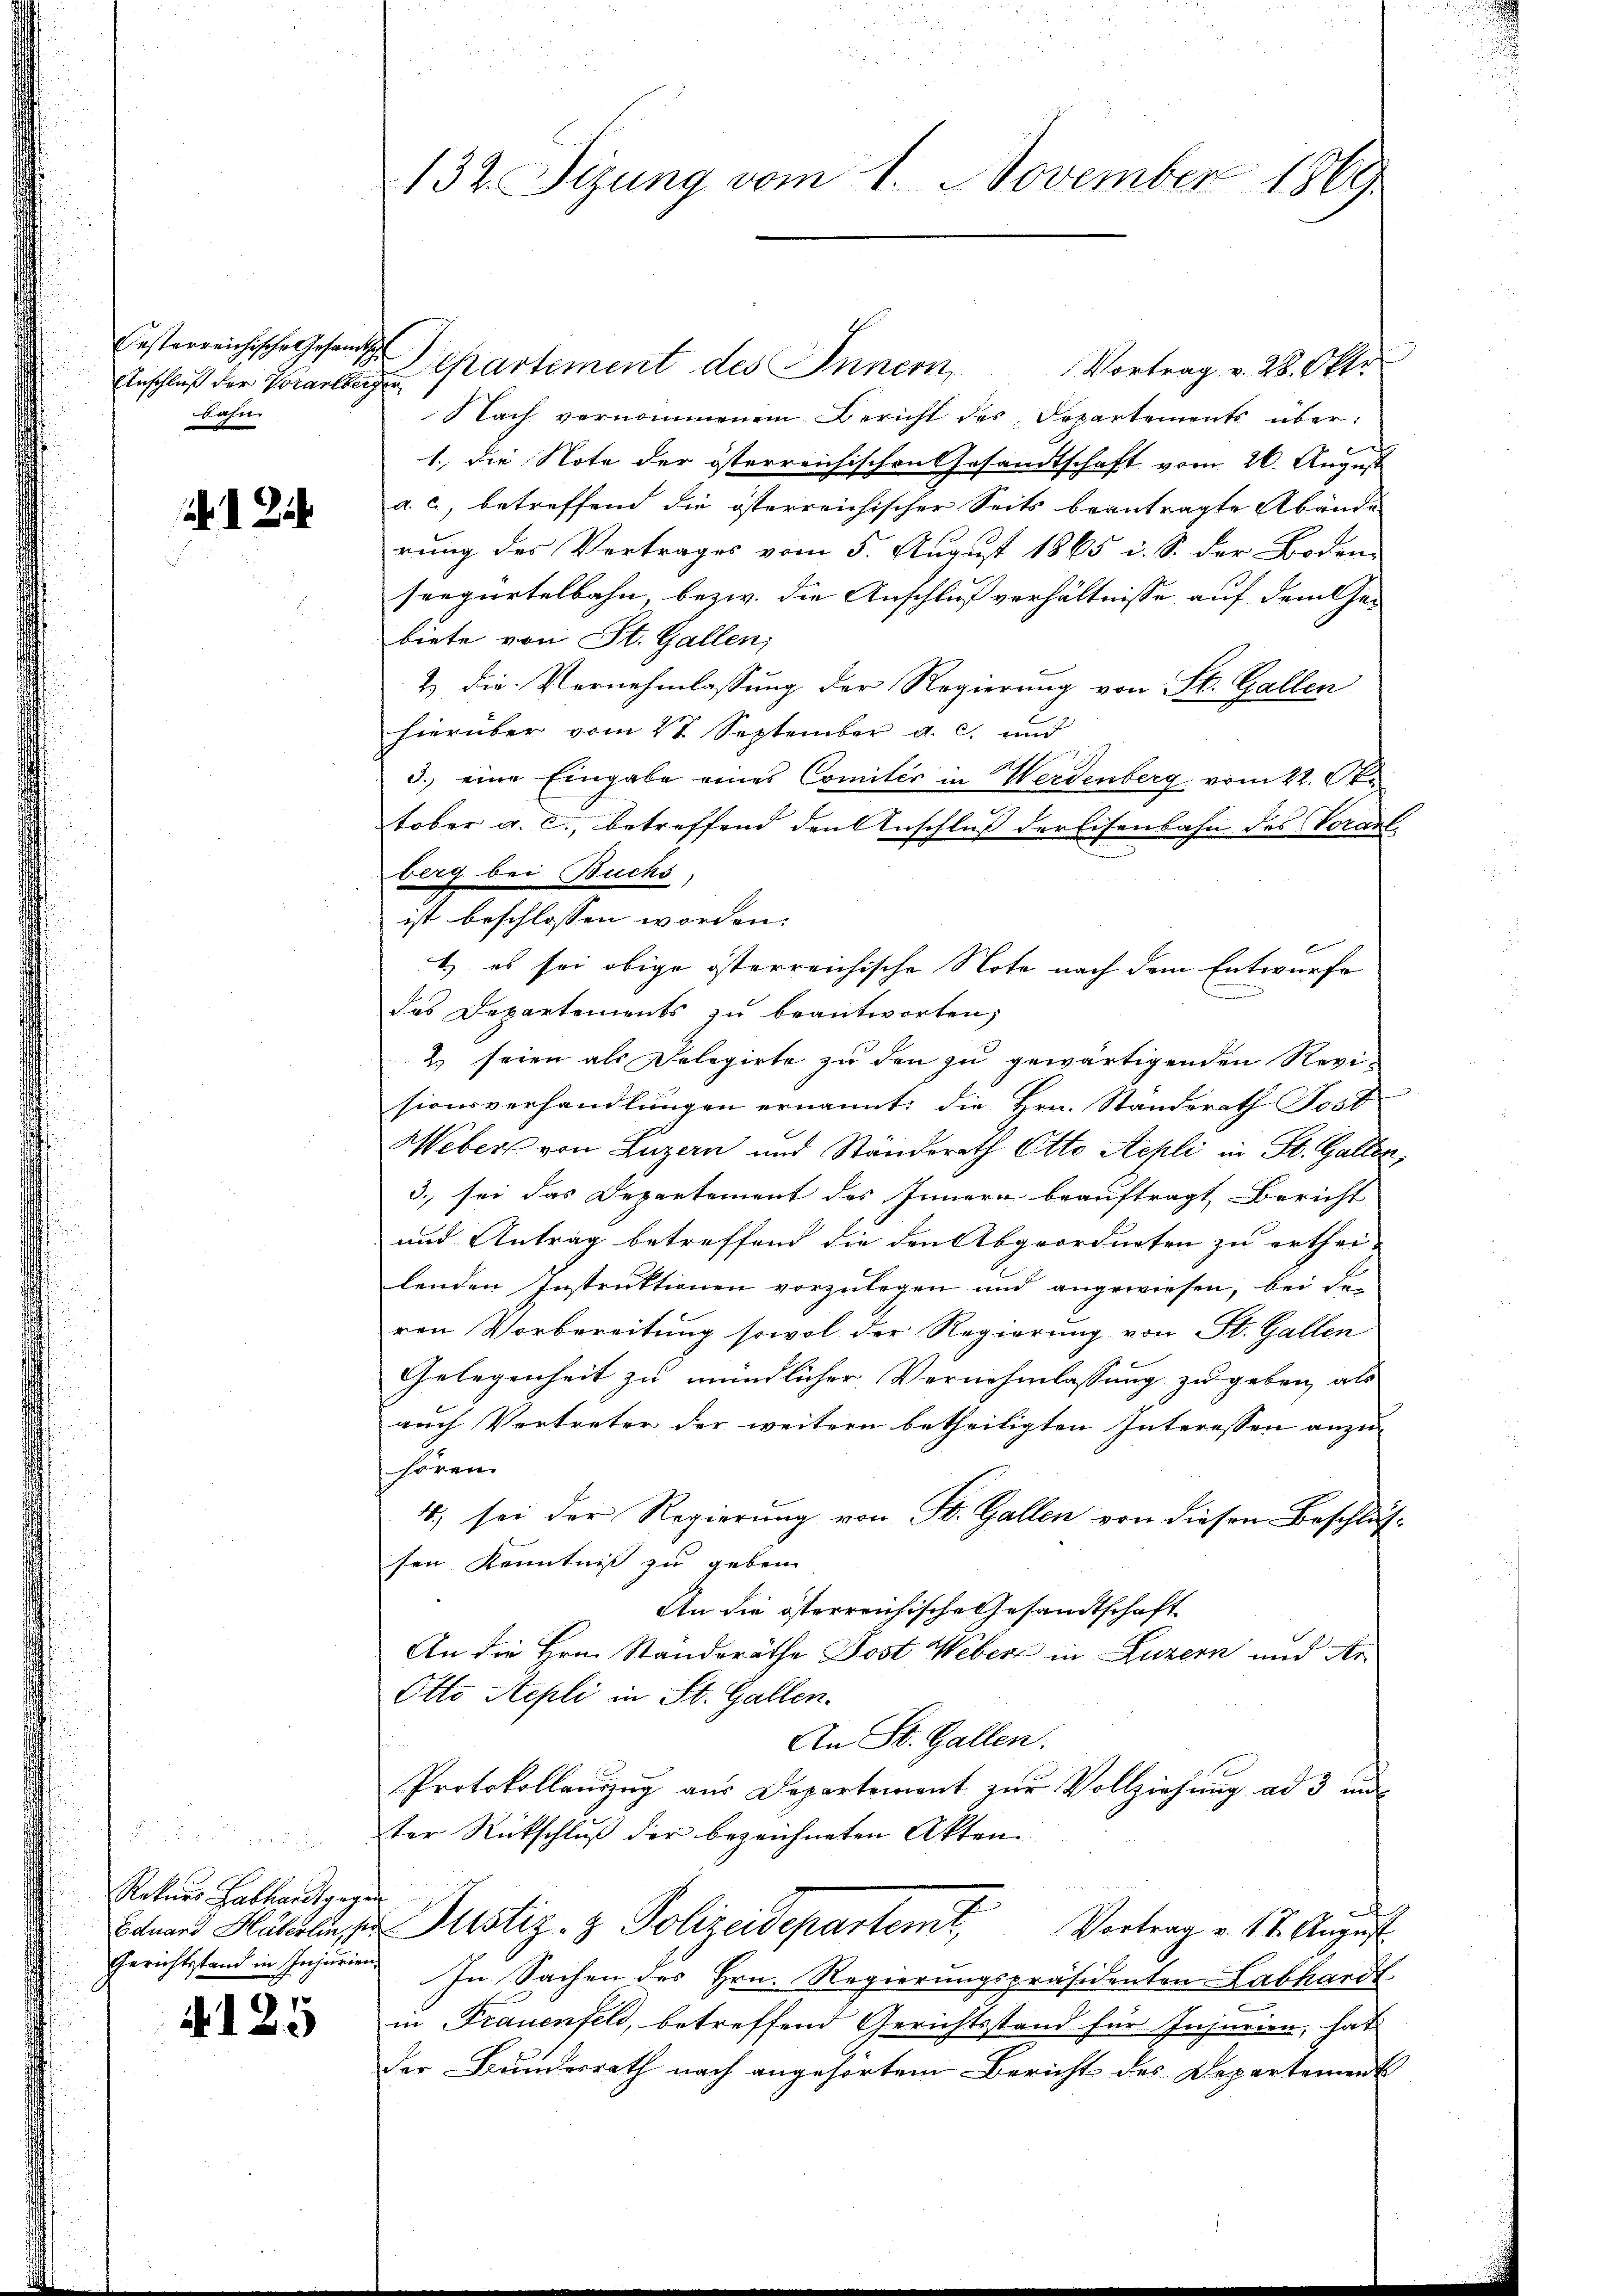
erreichische Gesandtsche
aus der Vorarlberger
bahn

r war
Rekurs Labhardt gegen
Gerichtsstand in Injurien,

A125

132. Sizung vom 1. November 1869

Departement des Innern
Vortrag v. 28. Okto
Nach vernommenem Bericht des Departements über:
1., die Note der österreichischen Gesandtschaft vom 26. August
a. c., betreffend die österreichischer Seits beantragte Abände
rung des Vertrages vom 5. August 1865 i. S. der Boden-
seegurtelbahn, bezw. die Anschlussverhältnisse auf dem her
biete von St. Gallen;
2) Die Vernehmlassung der Regierung von St. Gallen
hierüber vom 27. September a. c. und
3.) eine Eingabe eines Comités in Werdenberg vom 22. Oktober a. c., betreffend den Anschluß derEisenbahn des Vorant¬
E
1.) es sei obige österreichische Note nach dem Entwurfe
des Departements zu beantworten,
2 seien als Delegirte zu den zu gewärtigenden Revisionsverhandlŭngen ernannt: die Hrn. Standerath Jost
Weber von Luzern und Standerath Otto Aepli in St. Gallen,
3. sei das Departement des Innern beauftragt, Bericht
und Antrag betreffend die den Abgeordneten zu erthei-
lenden Instruktionen vorzulegen und angewiesen, bei den
ren Vorbereitung sowol der Regierung von St. Gallen
Gelegenheit zu mündlicher Vernehmlassung zu geben, als
nach Vortreter der weitern betheiligten Interessen anzu-
hören.
4) sei der Regierŭng von St. Gallen von diesen Beschlussen Kenntniss zu geben
An die österreichische Gesandtschaft
An die Hrn. Standeräthe Post Weber in Luzern und Ar
Otto Stepli in St. Gallen.
An St. Gallen.
Protokollaŭzŭg aŭs Departement zŭr Vollziehŭng ad 3 un
ter Rückschluß der bezeichneten Akten
m
t
Bannes Halblin, den Pustiz- & Polizeidepartemt,
Vortrag v. 17. August
In Sachen des Hrn. Regierungspräsidenten Labhardt
in Frauenfeld, betreffend Gerichtsstand für Injurien, hat
Der Bundesrath nach angehörtem Bericht des Departement

berg bei Buchs,
ist beschlossen worden: